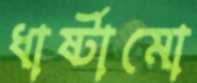
ধার্ষ্টামো